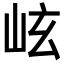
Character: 𪨬